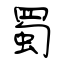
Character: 蜀